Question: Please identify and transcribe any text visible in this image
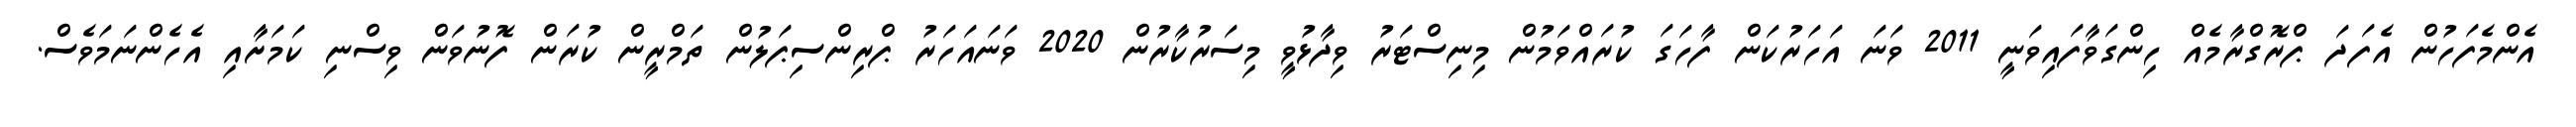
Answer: އެންމެފަހުން އެފަދަ ޕްރޮގްރާމެއް ހިންގަވާފައިވަނީ 2011 ވަނަ އަހަރުކަން ފާހަގަ ކުރައްވަމުން މިނިސްޓަރު ވިދާޅުވީ މިސަރުކާރުން 2020 ވަނައަހަރު ޕްރިންސިޕަލުން ތަމްރީން ކުރަން ފޮނުވަން ވިސްނި ކަމަށާއި އެހެންނަމަވެސް.